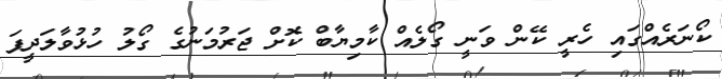
ކޯނަރެއްގައި ހެރީ ކޭން ވަނީ ގޯލެއް ކާމިޔާބް ކޮށް ޖަރުމަނުގެ ގޯލު ހުޅުވާލަދީފަ